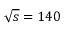
\sqrt { s } = 1 4 0